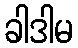
ခါဒါမ